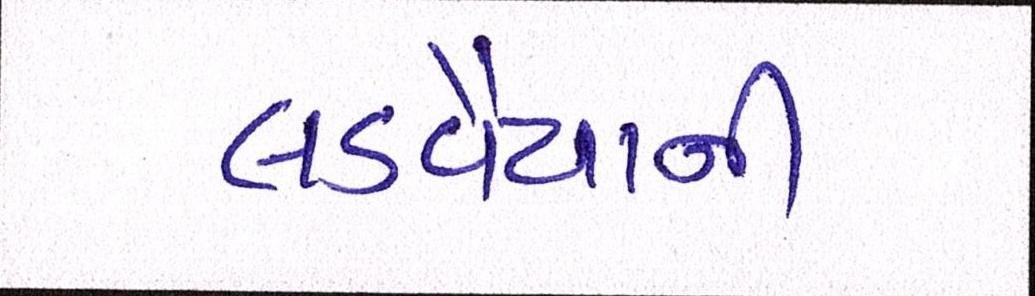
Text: લડવૈયાની